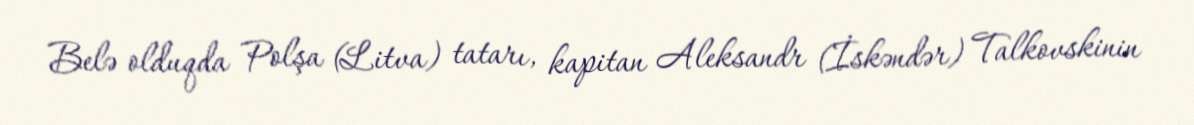
Belə olduqda Polşa (Litva) tatarı, kapitan Aleksandr (İskəndər) Talkovskinin